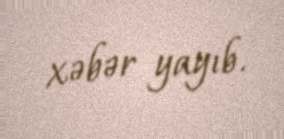
xəbər yayıb.